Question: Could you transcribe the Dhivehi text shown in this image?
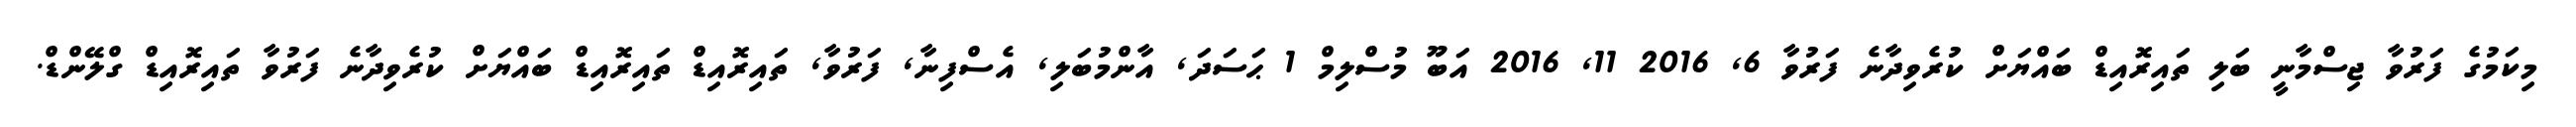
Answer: މިކަމުގެ ފަރުވާ ޖިސްމާނީ ބަލި ތައިރޮއިޑް ބައްޔަށް ކުރެވިދާނެ ފަރުވާ 6, 2016 11, 2016 އަބޫ މުސްލިމް 1 ޙަސަދަ, އާންމުބަލި, އެސްފިނާ, ފަރުވާ, ތައިރޮއިޑް ތައިރޮއިޑް ބައްޔަށް ކުރެވިދާނެ ފަރުވާ ތައިރޮއިޑް ގްލޭންޑް.